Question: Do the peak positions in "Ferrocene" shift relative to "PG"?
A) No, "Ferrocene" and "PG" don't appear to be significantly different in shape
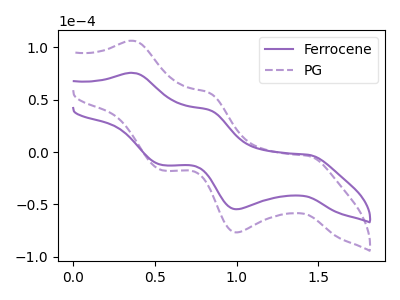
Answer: <think>The purple curve "Ferrocene" has anodic peaks at (0.35V, 75.55uA) (0.85V, 40.30uA) and cathodic peaks at (1.45V, -2.60uA) (1.00V, -54.55uA) (0.55V, -12.35uA). The purple dashed curve "PG" has anodic peaks at (0.35V, 106.20uA) (0.85V, 56.60uA) and cathodic peaks at (1.45V, -3.60uA) (1.00V, -76.65uA) (0.55V, -17.40uA).
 All the peaks in "Ferrocene" have a peak in "PG" at the same potential. Every peak in "Ferrocene" is lower than every peak in "PG".</think>
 <answer>A) No, "Ferrocene" and "PG" don't appear to be significantly different in shape</answer>
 <eval>A</eval>